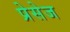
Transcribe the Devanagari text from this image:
प्रेसेज